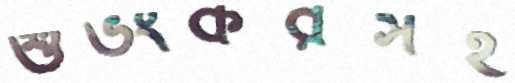
শুভংকরসহ